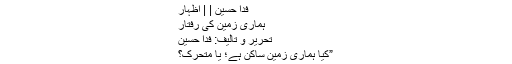
فدا حسین | | اظہار
ہماری زمین کی رفتار
تحریر و تالیف: فدا حسین
”کیا ہماری زمین ساکن ہے؛ یا متحرک؟